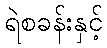
ရဲစခန်းနှင့်